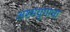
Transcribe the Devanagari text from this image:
अश्मयुगाचा